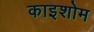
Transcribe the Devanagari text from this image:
काइशोम